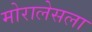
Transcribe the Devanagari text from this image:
मोरालेसला